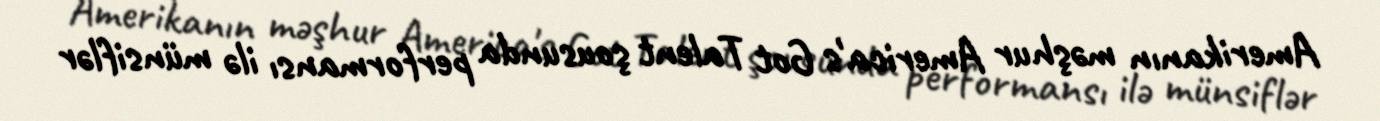
Amerikanın məşhur America's Got Talent şousunda performansı ilə münsiflər